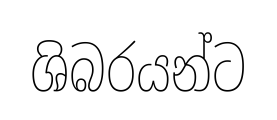
ශිබරයන්ට